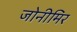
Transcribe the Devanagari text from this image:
जोनीमिर